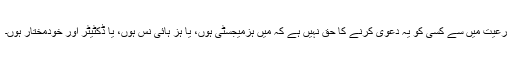
رعیت میں سے کسی کو یہ دعویٰ کرنے کا حق نہیں ہے کہ میں ہزمیجسٹی ہوں، یا ہز ہائی نس ہوں، یا ڈکٹیٹر اور خودمختار ہوں۔